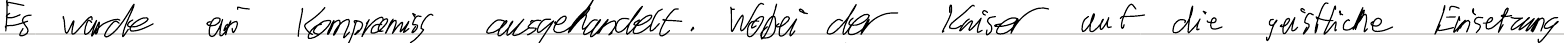
Es wurde ein Kompromiss ausgehandelt. Wobei der Kaiser auf die geistliche Einsetzung